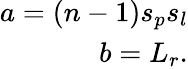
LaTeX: \begin{array}{r}{a=(n-1)s_{p}s_{l}}\\ {b=L_{r}.}\end{array}